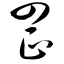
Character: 罡